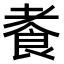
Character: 𫗍